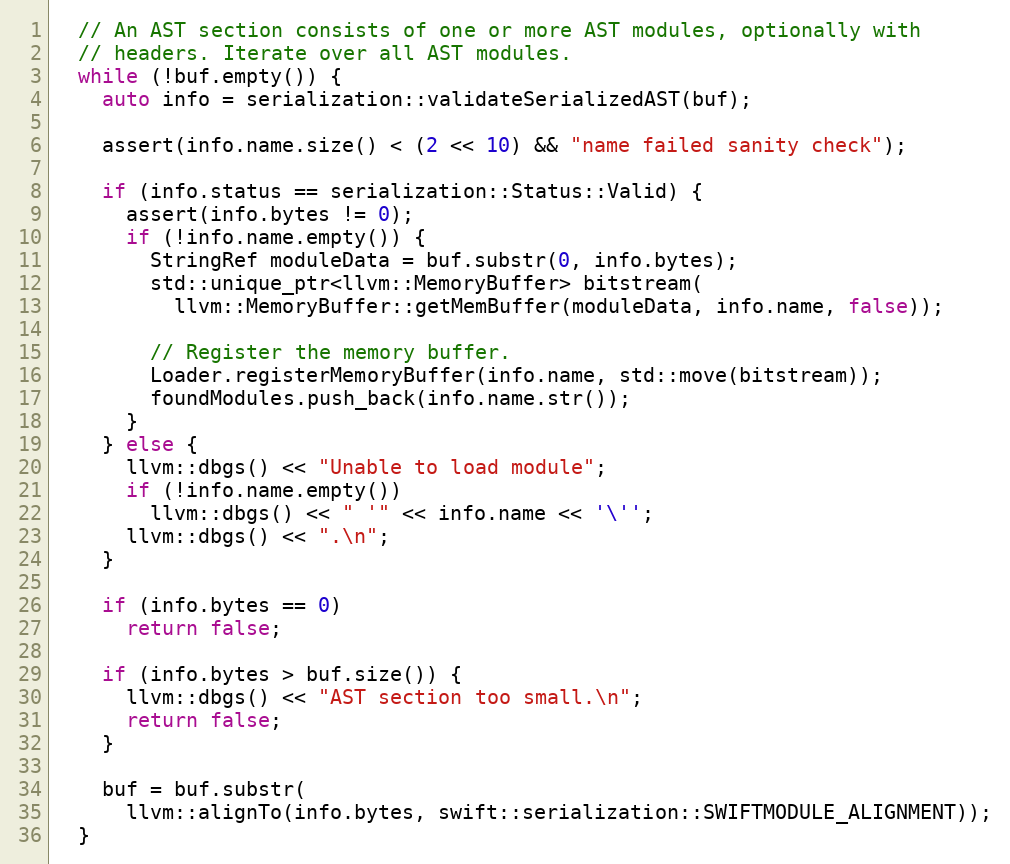
Language: C++
  // An AST section consists of one or more AST modules, optionally with
  // headers. Iterate over all AST modules.
  while (!buf.empty()) {
    auto info = serialization::validateSerializedAST(buf);

    assert(info.name.size() < (2 << 10) && "name failed sanity check");

    if (info.status == serialization::Status::Valid) {
      assert(info.bytes != 0);
      if (!info.name.empty()) {
        StringRef moduleData = buf.substr(0, info.bytes);
        std::unique_ptr<llvm::MemoryBuffer> bitstream(
          llvm::MemoryBuffer::getMemBuffer(moduleData, info.name, false));

        // Register the memory buffer.
        Loader.registerMemoryBuffer(info.name, std::move(bitstream));
        foundModules.push_back(info.name.str());
      }
    } else {
      llvm::dbgs() << "Unable to load module";
      if (!info.name.empty())
        llvm::dbgs() << " '" << info.name << '\'';
      llvm::dbgs() << ".\n";
    }

    if (info.bytes == 0)
      return false;

    if (info.bytes > buf.size()) {
      llvm::dbgs() << "AST section too small.\n";
      return false;
    }

    buf = buf.substr(
      llvm::alignTo(info.bytes, swift::serialization::SWIFTMODULE_ALIGNMENT));
  }